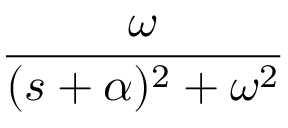
\frac { \omega } { ( s + \alpha ) ^ { 2 } + \omega ^ { 2 } }